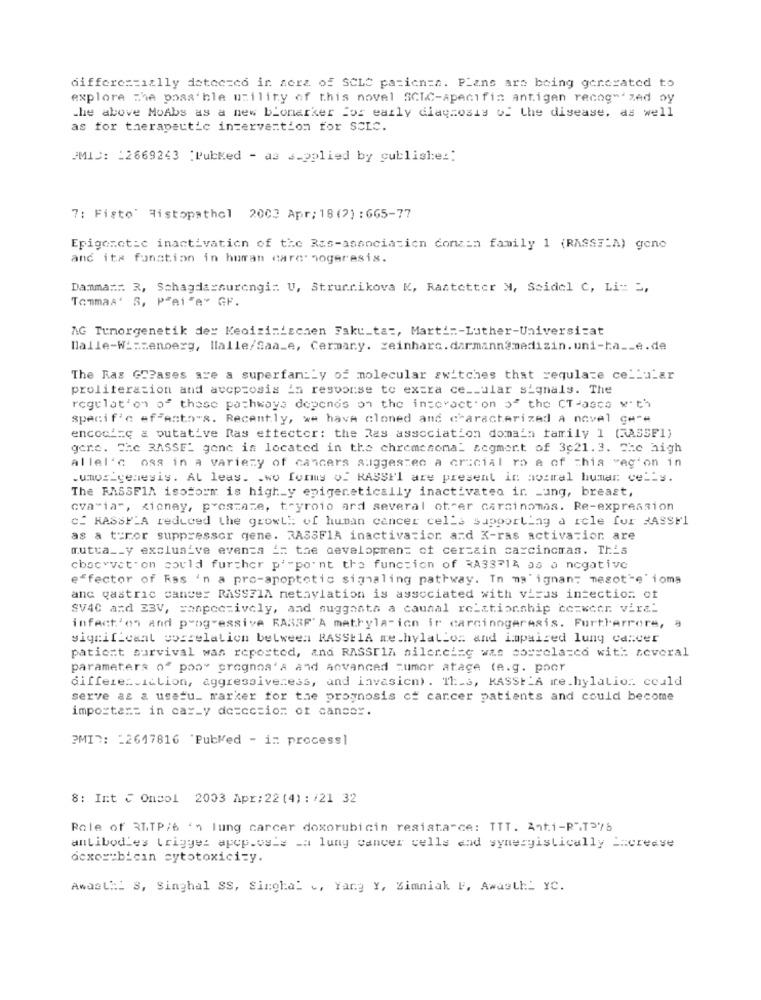
differentially detected in sera of SCLC pazienza. Plans are being generated to
explore the possible utility of this novel SCIC-specifin antigen recognized oy
the above MoAbs as a new biomarker for early diagnosis of the disease, as well
as for therapeutic intervention for SCIC.
PMIS: : 2669243 :PubMed - as supplied by publisle ::
7: Fisto' Histopathol 2002 Apr: 18(?) :665-77
Epigenetic inactivation of the Ras-association conain family 1 (RASSE-A) gene
and itx fonction in human care: hogeresis.
Damma :::: 3, Schagdassurengi :: U, Strucnikova K, Rastetter M, Seidel C, Li= 2,
Tammas' S, P"ai"A" GF.
AG Tumorgenetik der Keoizinischen Fakt_ta :, Martin-Luther-Universitat
Dalle-W _= zenoerg, Ilalle/Saa_e, Cermany. xeinharc.darmann@medizin.uni-ha __ e.de
The Ras GSPases are a superfamily of molecular switches that regulate cellular
proliteration and accptosis in response to extra ce __ ular signals. The
regulat'on of these pathways depends on the interaction of the CT-asce with
specif'e ef anto"s. Recently, we have cloned and characterized a novel cet#
encoci:c a putative Ras effector: the Ras association domain family 1 (RASSF1)
gene. The RASSEL gone is located in the chromesomal segment of 3c21.3. The high
Allel'c oss in a variety of cancers suggestec a crucial ro a of chia veg'on in
.ummos_genesis. AL leas. . wo forms of RASSEL are present in normal human cells.
The RASSFIA isoform is high_y epigenetically inactivated in _ung, breast,
cva"ia", Kionay, prostate, tryroio ard several of er carcinomas. Re-expression
C. HASSPLA reduced the growth: of human cancer cella supporting à icle for BASS !!
as a teror suppressor gene. RASSFIA inactiva:ior and X-ras activation are
mutua __ y exclusive events in the development of certain carcincmas. This
chocvvet on could further p'-point the function of RA3371A as a negative
effector of Ras 'n a pro-apoptotic signaling pathway. In ma ignan- negot"e" ioms
anc gastric cancer RAss?IA netaylation is associated with viras intection of
SV40 and EBV, conpoctively, and suggests a causal relationship ce=weer vira"
infact'on and progressive RABBF' A methyla-ion ir carcinogeresis. Furthermore,
significant correlation between RASSI1A me.hylallos and impaired lung cancer
patient survival was reported, and RASSTIA silencing was correlated with several
parameters of pop" prognoa'A and Anvanced tumor atage (e.g. poor
differen.iction, aggressiveness, and invasicm). Th_3, KASSt'A ire_hylation. could
serve as a usatu_ marker for the prognosis of cancer patients and could become
imposta == in car_y detection of cancer.
PMID: : 2617816 'PubMed - in process]
8: Int € Oncol 2003 Apr:22 (4) : /21 32
Role of RITP/6 ', lung carcer doxorubicin resistance: TTT. Ant.1-R.T376
antibodies trigger apcp.os's _a lung cancer cells and synergistically == crease
dexer:bicin cytotoxicity.
AwastNi S, Singhal SS, Singhal , Yang Y, Zimniak F, Awasthi YC.